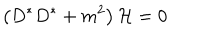
\left( D ^ { * } D ^ { * } + m ^ { 2 } \right) { \cal H } = 0